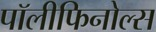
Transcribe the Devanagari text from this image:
पॉलीफिनोल्स